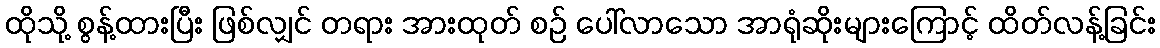
ထိုသို့ စွန့်ထားပြီး ဖြစ်လျှင် တရား အားထုတ် စဉ် ပေါ်လာသော အာရုံဆိုးများကြောင့် ထိတ်လန့်ခြင်း